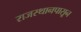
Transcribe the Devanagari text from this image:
राजस्थानपासून